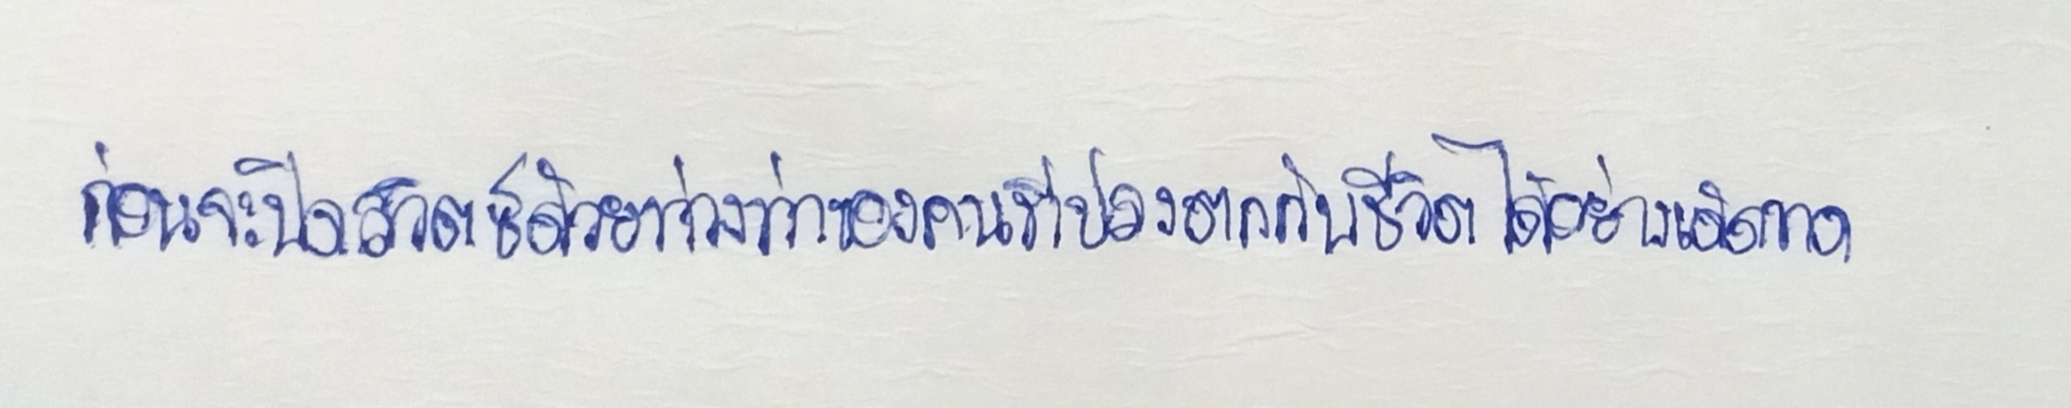
ก่อนจะปิดสวิตซ์ด้วยท่วงท่าของคนที่ปลงตกกับชีวิตได้อย่างเด็ดขาด